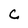
Character: C